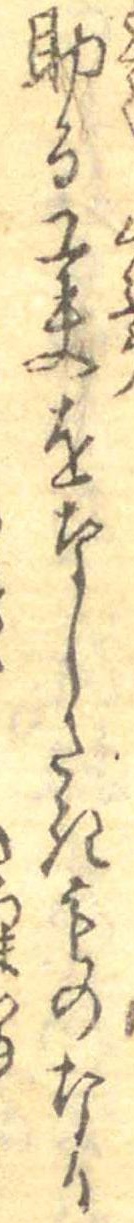
助る工夫をなしたきものなり